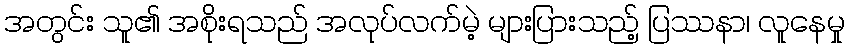
အတွင်း သူ၏ အစိုးရသည် အလုပ်လက်မဲ့ များပြားသည့် ပြဿနာ၊ လူနေမှု